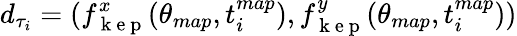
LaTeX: d_{\tau_{i}}=(f_{\mathrm{~k~e~p~}}^{x}(\theta_{map},t_{i}^{map}),f_{\mathrm{~k~e~p~}}^{y}(\theta_{map},t_{i}^{map}))